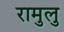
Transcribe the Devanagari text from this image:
रामुलु